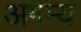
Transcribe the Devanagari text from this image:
अगम्‍य